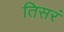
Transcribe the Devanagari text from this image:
तिसरं